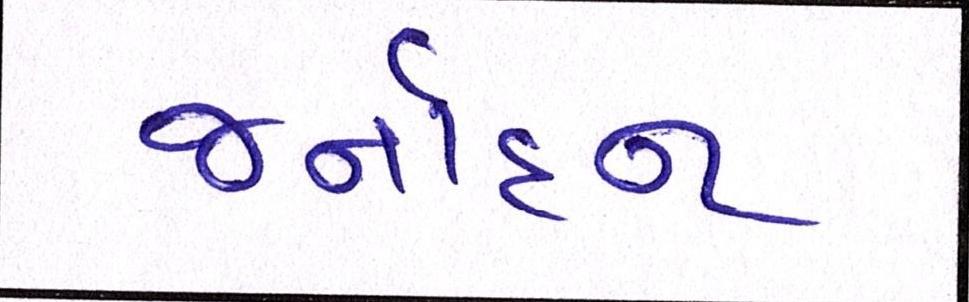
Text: જર્નાદન